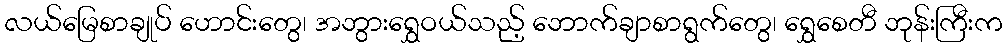
လယ်မြေစာချုပ် ဟောင်းတွေ၊ အဘွားရွှေဝယ်သည့် ဘောက်ချာစာရွက်တွေ၊ ရွှေစေတီ ဘုန်းကြီးက